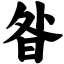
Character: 昝